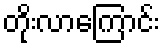
တိုးလာကြောင်း